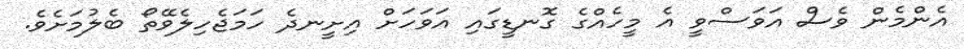
އެންމެން ވެސް އަވަސްވީ އެ މީހެއްގެ ގޮނޑީގައި އަވަހަށް އިށީނދެ ހަމަޖެހިލެވޭތޯ ބެލުމަށެވެ.